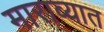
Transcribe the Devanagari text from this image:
माराव्यात